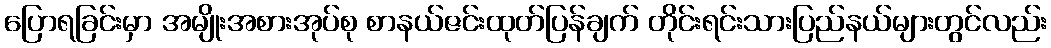
ပြောရခြင်းမှာ အမျိုးအစားအုပ်စု စာနယ်ဇင်းထုတ်ပြန်ချက် တိုင်းရင်းသားပြည်နယ်များတွင်လည်း